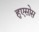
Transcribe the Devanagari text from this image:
हुएसोस